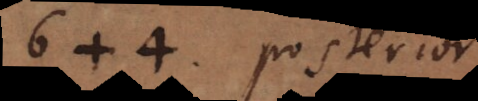
6 + 4 posterior